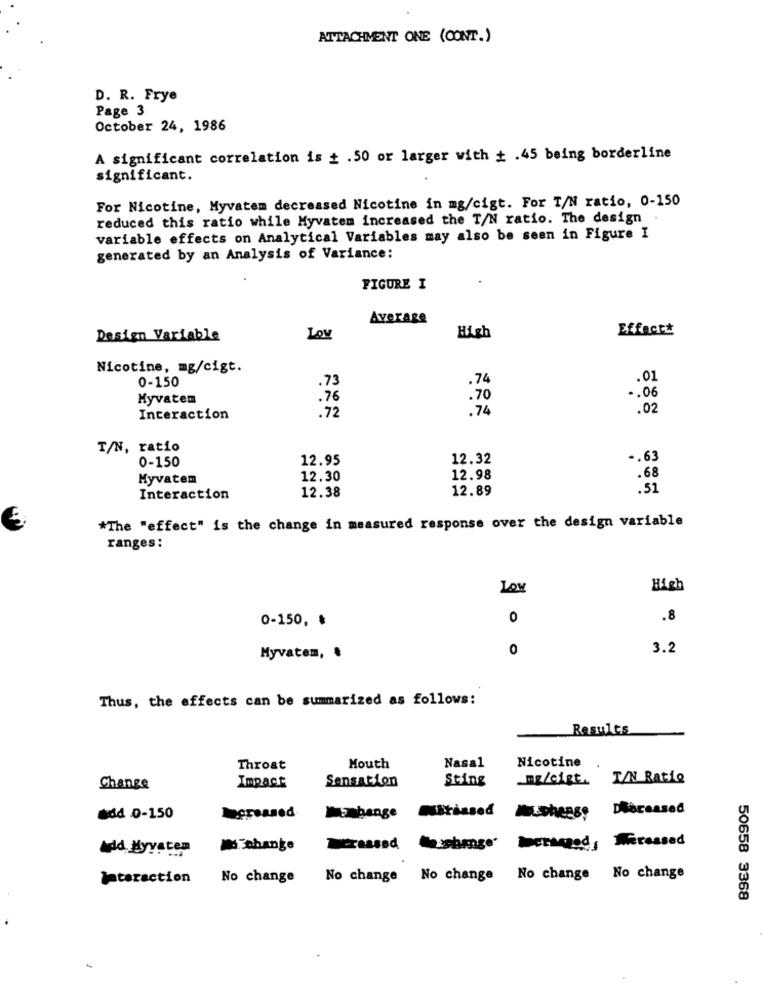
ATTACHMENT ONE (CONT.)
D. R. Frye
Page 3
October 24, 1986
A significant correlation is + .50 or larger with + .45 being borderline
significant.
For Nicotine, Myvatem decreased Nicotine in mg/cigt. For T/N ratio, 0-150
reduced this ratio while Myvatem increased the T/N ratio. The design
variable effects on Analytical Variables may also be seen in Figure I
generated by an Analysis of Variance:
FIGURE I
Average
Effect#
Design Variable
Lov
High
Nicotine, mg/cigt.
0-150
.73
.74
.01
Myvaten
.76
.70
.. 06
.72
.74
.02
Interaction
T/N, ratio
0-150
12.95
12.32
-. 63
Myvatem
12.30
12.98
. 68
12.38
12.89
.51
Interaction
*The "effect" is the change in measured response over the design variable
ranges:
Low
High
0
.8
0-150,
0
3.2
Myvatem, .
Thus, the effects can be summarized as follows:
Results
Nicotine
Throat
Mouth
Nasal
Sensation
Sting
mg/cigt. T/N Ratio
Change
Impact
Deceased
add 0-150
Ngreased
Embange
Obrbased
Musshees:
bethegod, Mressed
add. Myvaten
change
Interaction
No change
No change No change No change No change
50658 3368